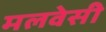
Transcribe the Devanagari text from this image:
मलवेसी